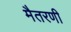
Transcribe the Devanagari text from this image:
मैतरणी